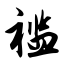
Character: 褴